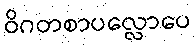
ဝိဂတစာပလ္လောပေ